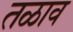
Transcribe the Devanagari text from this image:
तळाव